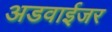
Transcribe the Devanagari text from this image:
अडवाईजर